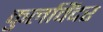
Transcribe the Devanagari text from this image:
कुलविंदर